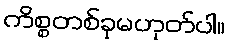
ကိစ္စတစ်ခုမဟုတ်ပါ။